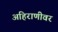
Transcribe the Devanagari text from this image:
अहिराणीवर